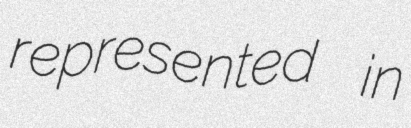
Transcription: represented in